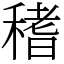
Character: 䅲